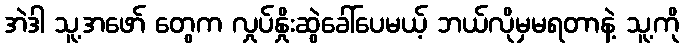
အဲဒါ သူ့အဖော် တွေက လှုပ်နှိုးဆွဲခေါ်ပေမယ့် ဘယ်လိုမှမရတာနဲ့ သူ့ကို